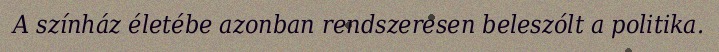
A színház életébe azonban rendszeresen beleszólt a politika.